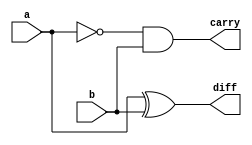
module half_subtract(a,b,diff,carry);
input a,b;
output diff,carry;
wire an;
not(an,a);
xor(diff,a,b);
and(carry,an,b);
endmodule